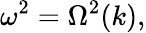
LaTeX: \omega^{2}=\Omega^{2}(k),